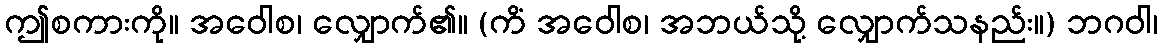
ဤစကားကို။ အဝေါစ၊ လျှောက်၏။ (ကိံ အဝေါစ၊ အဘယ်သို့ လျှောက်သနည်း။) ဘဂဝါ၊